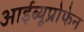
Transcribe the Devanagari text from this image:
आईब्यूप्रोफेन